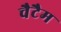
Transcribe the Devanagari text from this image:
चैटैम